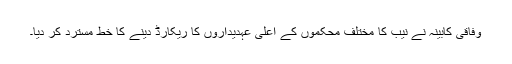
وفاقی کابینہ نے نیب کا مختلف محکموں کے اعلیٰ عہدیداروں کا ریکارڈ دینے کا خط مسترد کر دیا۔